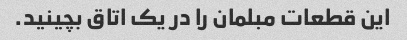
این قطعات مبلمان را در یک اتاق بچینید.